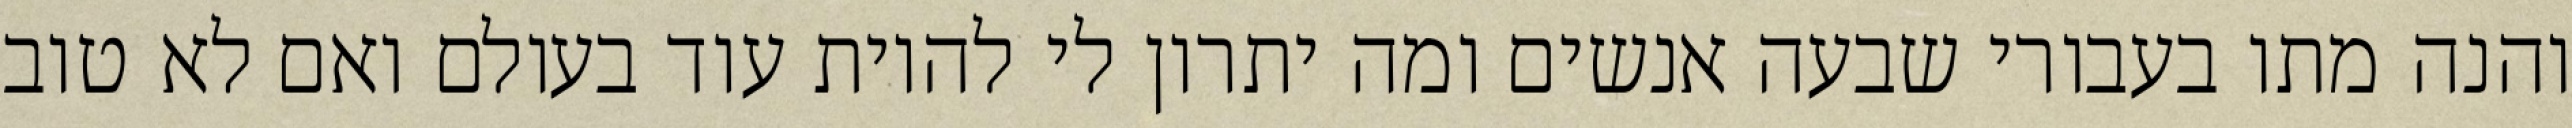
והנה מתו בעבורי שבעה אנשים ומה יתרון לי להיות עוד בעולם ואם לא טוב